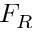
F _ { R }